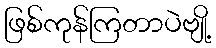
ဖြစ်ကုန်ကြတာပဲဗျို့